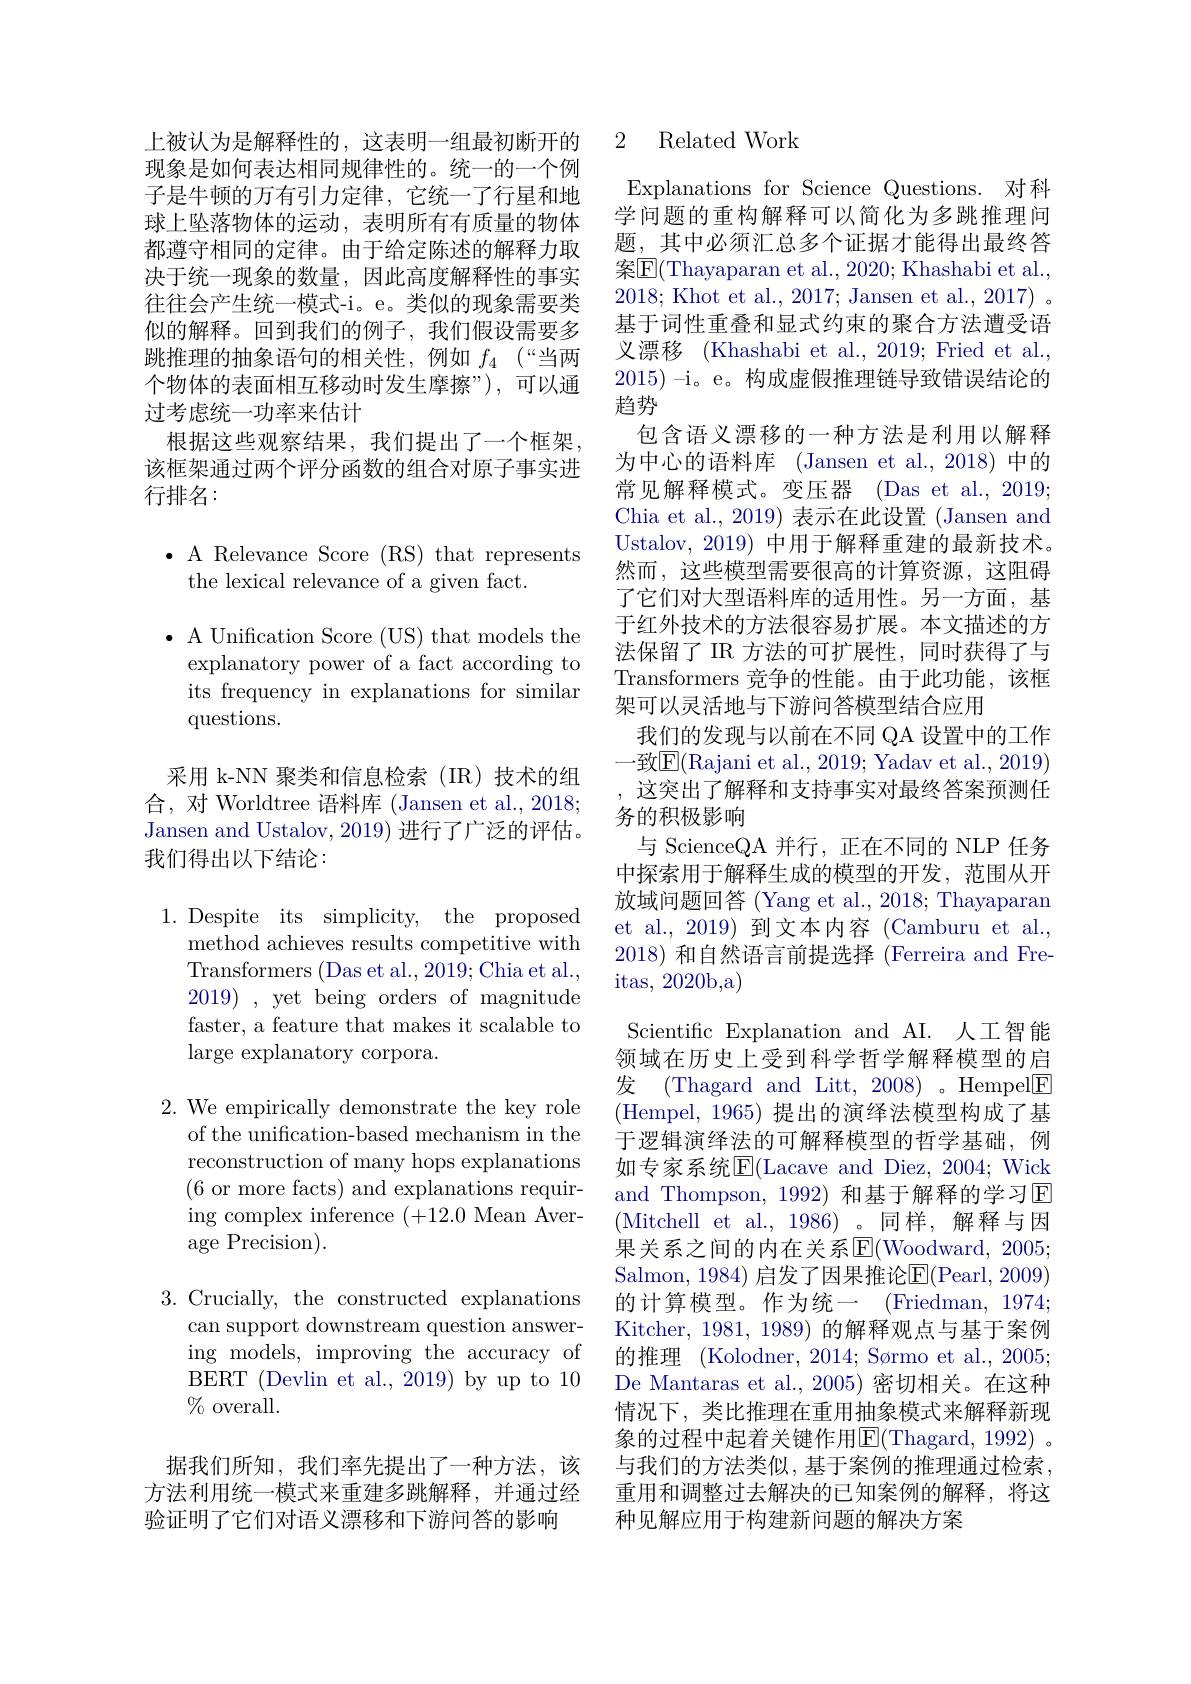
上被认为是解释性的，这表明一组最初断开的现象是如何表达相同规律性的。统一的一个例子是牛顿的万有引力定律，它统一了行星和地球上坠落物体的运动，表明所有有质量的物体都遵守相同的定律。由于给定陈述的解释力取决于统一现象的数量，因此高度解释性的事实往往会产生统一模式-i。e。类似的现象需要类似的解释。回到我们的例子，我们假设需要多跳推理的抽象语句的相关性，例如$f_4$ (“当两个物体的表面相互移动时发生摩擦”),可以通过考虑统一功率来估计
根据这些观察结果，我们提出了一个框架该框架通过两个评分函数的组合对原子事实进行排名：

$\bullet$ A Relevance Score (RS) that represents
the lexical relevance of a given fact.

$\bullet$ A Unification Score (US) that models the explanatory power of a fact according to its frequency in explanations for similar questions.

采用 k-NN 聚类和信息检索(IR)技术的组合，对 Worldtree 语料库 (Jansen et al., 2018 Jansen and Ustalov, 2019) 进行了广泛的评估。我们得出以下结论：

1.Despite its simplicity, the proposed
method achieves results competitive with Transformers (Das et al., 2019; Chia et al., 2019) , yet being orders of magnitude faster, a feature that makes it scalable to large explanatory corpora.

$2.{\mathrm{~We~empirically~demonstrate~the~key~role}}$
of the unification-based mechanism in the reconstruction of many hops explanations (6 or more facts) and explanations requiring complex inference (+12.0 Mean Average Precision).

3. Crucially, the constructed explanations
can support downstream question answering models, improving the accuracy of BERT (Devlin et al., 2019) by up to 10 $\%$overall.

据我们所知，我们率先提出了一种方法，该方法利用统一模式来重建多跳解释，并通过经验证明了它们对语义漂移和下游问答的影响

## 2 Related Work

Explanations for Science Questions. 对科学问题的重构解释可以简化为多跳推理问题，其中必须汇总多个证据才能得出最终答案$\boxed{\mathrm{F}}($Thayaparan et al., 2020; Khashabi et al., 2018; Khot et al., 2017; Jansen et al., 2017) 。基于词性重叠和显式约束的聚合方法遭受语义漂移(Khashabi et al., 2019; Fried et al., 2015) -i。e。构成虚假推理链导致错误结论的趋势
包含语义漂移的一种方法是利用以解释为中心的语料库 (Jansen et al., 2018) 中的常见解释模式。变压器(Das et al., 2019; Chia et al., 2019) 表示在此设置 (Jansen and Ustalov, 2019) 中用于解释重建的最新技术。然而，这些模型需要很高的计算资源，这阻碍了它们对大型语料库的适用性。另一方面，基于红外技术的方法很容易扩展。本文描述的方法保留了 IR 方法的可扩展性，同时获得了与Transformers 竞争的性能。由于此功能，该框架可以灵活地与下游问答模型结合应用
我们的发现与以前在不同 QA 设置中的工作一致$\overline{\mathrm{E}}($Rajani et al., 2019; Yadav et al., 2019) 这突出了解释和支持事实对最终答案预测任务的积极影响
与 ScienceQA 并行，正在不同的 NLP 任务中探索用于解释生成的模型的开发，范围从开放域问题回答 (Yang et al., 2018; Thayaparan et al., 2019) 到文本内容 (Camburu et al., 2018)和自然语言前提选择 (Ferreira and Freitas, 2020b, a)
Scientific Explanation and AI. 人工智能领域在历史上受到科学哲学解释模型的启发 (Thagard and Litt, 2008)。Hempel$\underline{\mathrm{F}}$ (Hempel, 1965) 提出的演绎法模型构成了基于逻辑演绎法的可解释模型的哲学基础，例如专家系统$\overline{\mathrm{E}}($Lacave and Diez, 2004; Wick and Thompson, 1992) 和基于解释的学习E (Mitchell et al., 1986)。同样，解释与因果关系之间的内在关系E$( Woodward, 2005;$ Salmon, 1984) 启发了因果推论E(Pearl, 2009) 的计算模型。作为统一(Friedman,1974; Kitcher, 1981, 1989) 的解释观点与基于案例的推理 (Kolodner, 2014; Sørmo et al., 2005; De Mantaras et al.,2005)密切相关。在这种情况下，类比推理在重用抽象模式来解释新现象的过程中起着关键作用$\underline{\mathrm{E}}($Thagard, 1992) 。与我们的方法类似，基于案例的推理通过检索重用和调整过去解决的已知案例的解释，将这种见解应用于构建新问题的解决方案